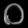
Digit: ၀